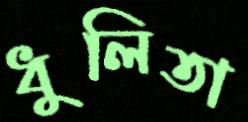
ধুলিতা